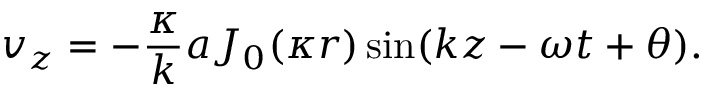
v _ { z } = - \frac { \kappa } { k } a J _ { 0 } ( \kappa r ) \sin ( k z - \omega t + \theta ) .